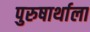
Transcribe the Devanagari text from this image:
पुरुषार्थाला